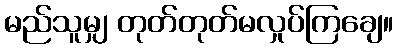
မည်သူမျှ တုတ်တုတ်မလှုပ်ကြချေ။